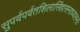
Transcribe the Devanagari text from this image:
सुपर्वपर्वतशिलासिंहासनाध्यासनाः